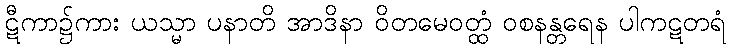
ဋီကာ၌ကား ယသ္မာ ပနာတိ အာဒိနာ ဝိတမေဝတ္ထံ ဝစနန္တရေန ပါကဋတရံ